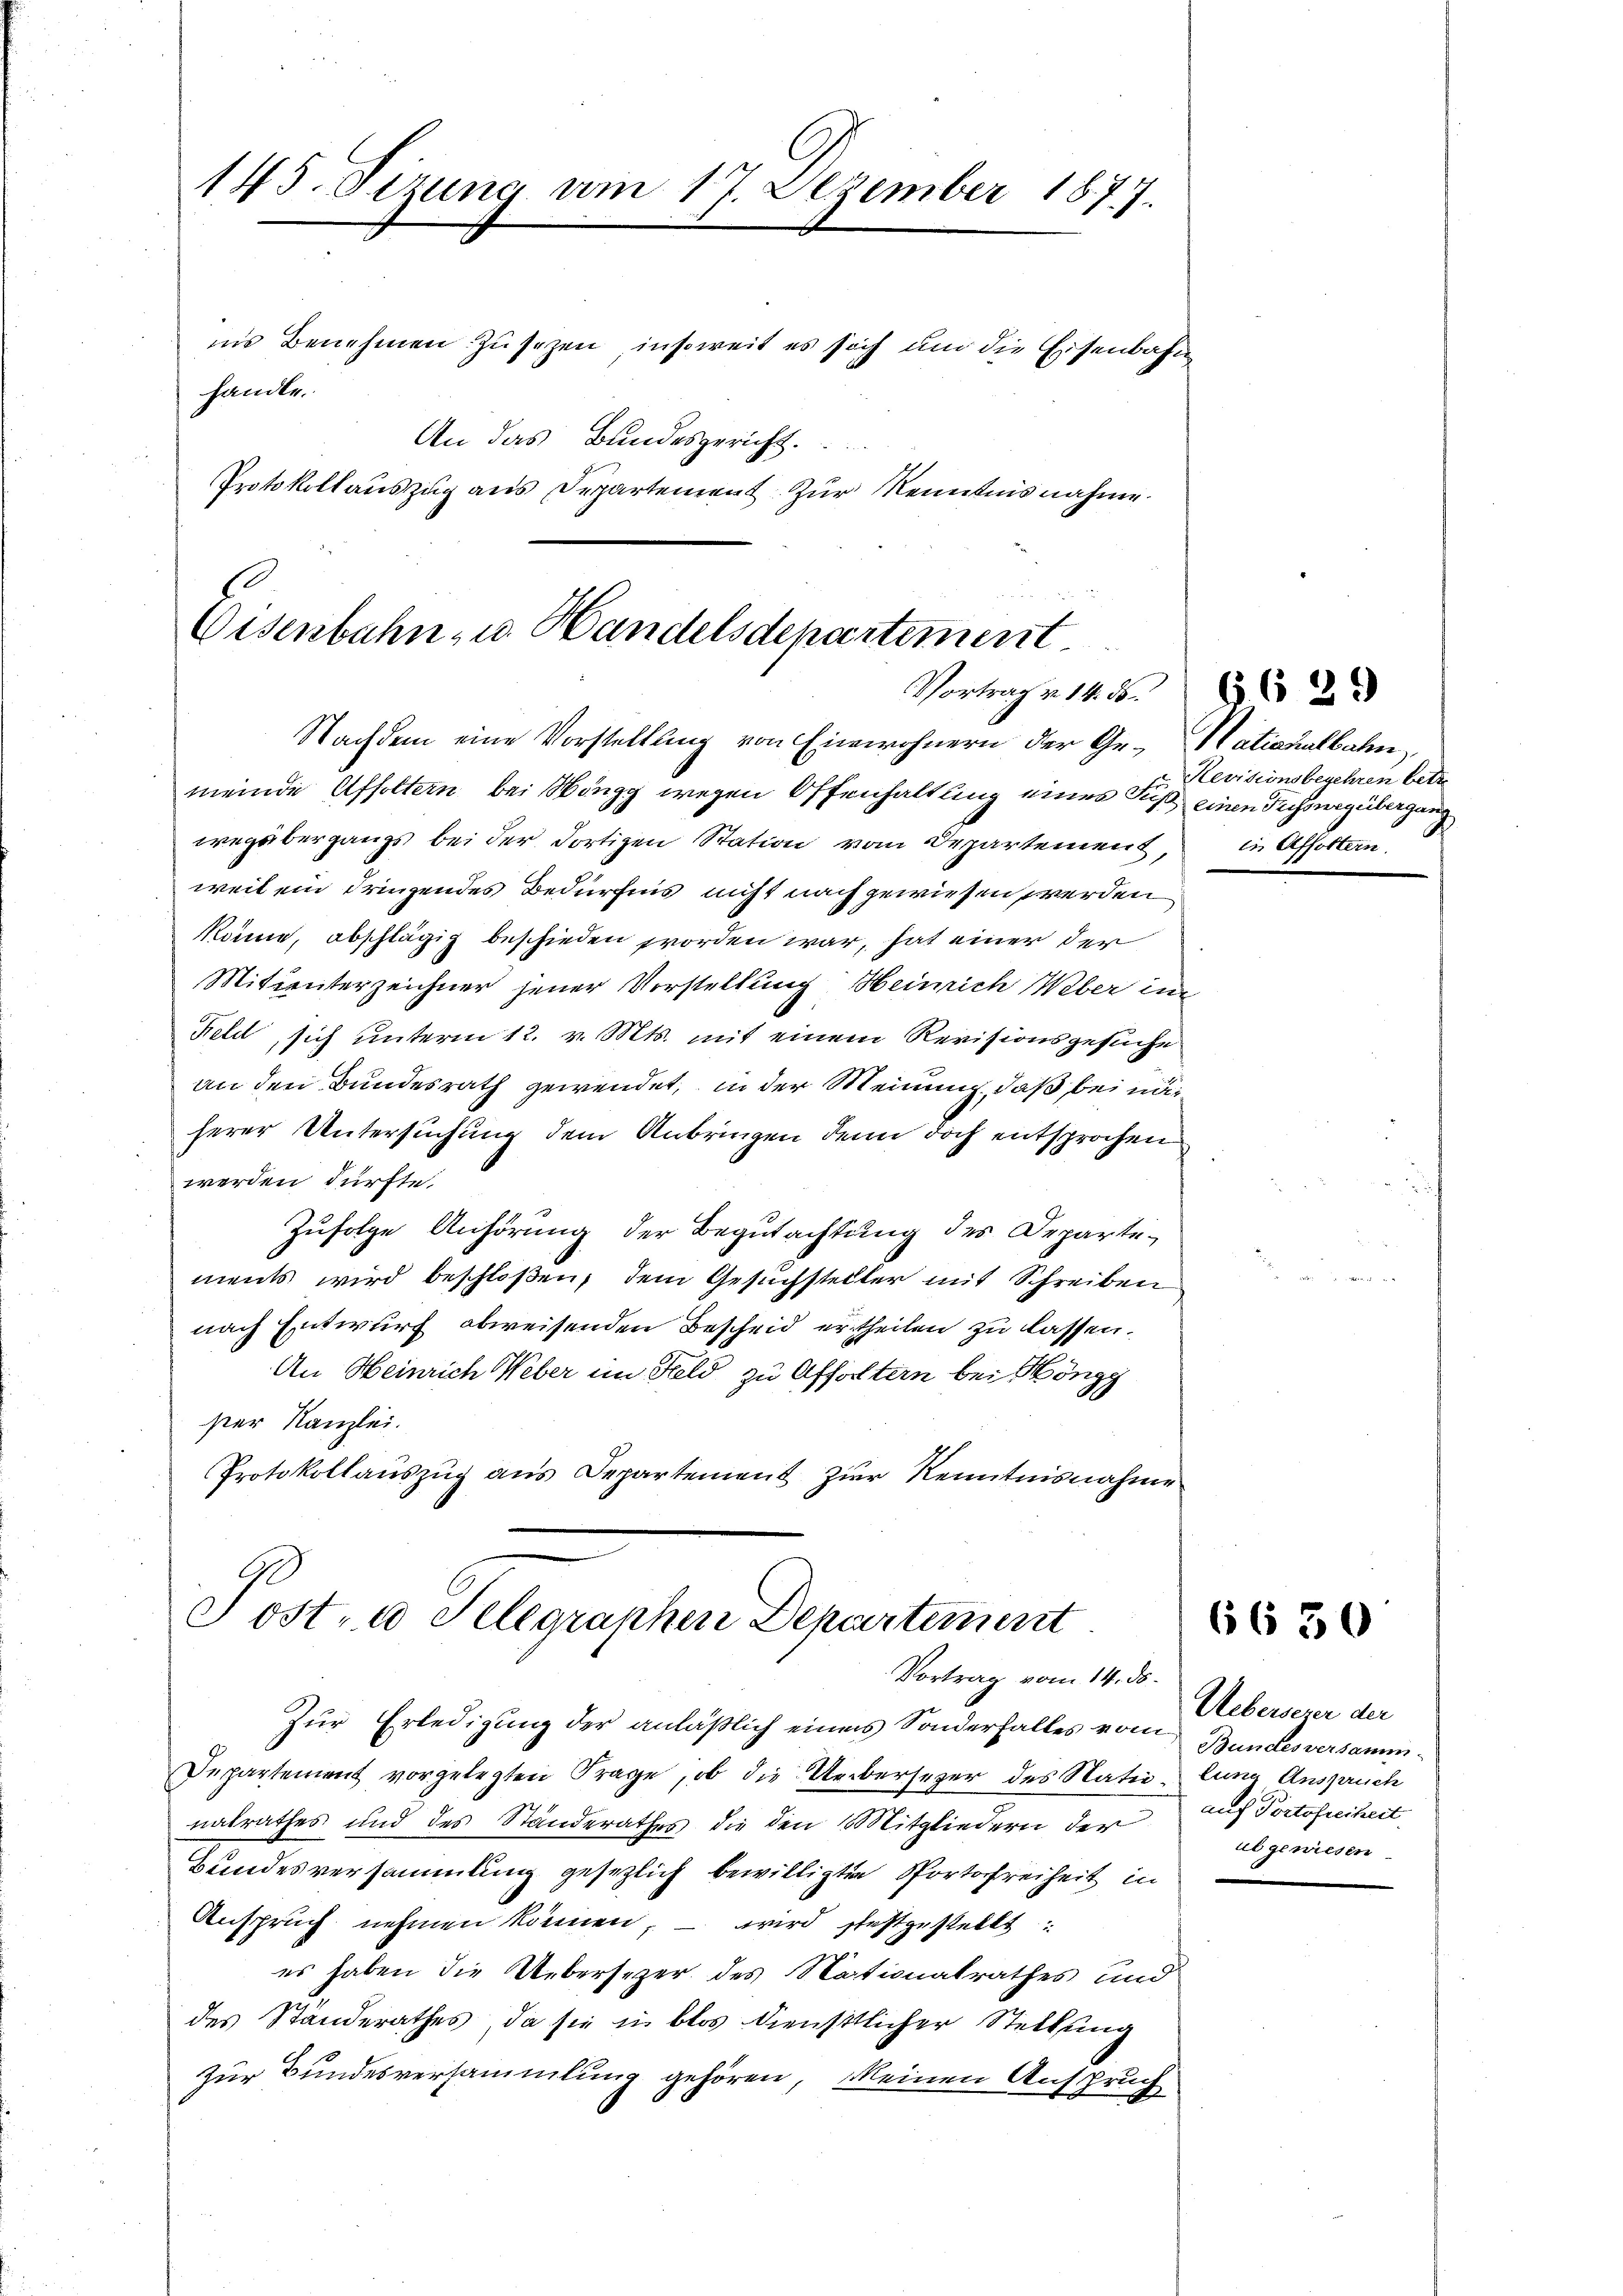
145. Sizung am 17. Dezember 1877.
ins Benehmen zu sezen, insoweit es sich um die Eisenbahne
handle.
An das Bundesgericht.
Protokollauszug aus Departement. Zur Kenntnis nahme.

Eisenbahn, u. Handelsdepartement
Vortrag v. 14. ds.
Nachdem eine Vorstellung von Einwohnern der Ge- Nationalbahn,

meinde Affoltern bei Wöngg wegen Offenhaltung eines Fußwegübergangs bei der dortigen Station vom Departement, in Affoltern
weil ein dringendes Bedürfnis nicht nach gewiesen werden
könne, abschlägig beschieden worden war, hat einer der
Mitinterzeichner jener Vorstellung Heinrich Weber in
Feld, sich unterm 12. v. Mts. mit einem Revisionsgesuche
an den Bundesrath gewendet, in der Meinung, daß bei näherer Untersuchung dem Anbringen denn doch entsprochen
werden dürfte.
Zufolge Anhörung der Begutachtung des Departements wird beschloßen, dem Gesuchsteller mit Schreiben
nach Entwurf abweisenden Bescheid ertheilen zu lassen.
An Heinrich Weber im Feld zu Affoltern bei Höngg
ster Kanzlei.
Protokollaŭszŭg ans Departement zŭr Kenntnisnahme
Post- u Selegraphen Departement
Vortrag vom 14. ds.
Zur Erledigung der anläßlich einen Sonderfalles vom Oberserer der
Departement vorgelegten Frage, ob die Uebersezer des Natio, lung Anspruch
natrathes und des Standerathes die den Mitgliedern der auf Portofreiheit,
Bundesversammlung gesezlich bewilligten Portofreiheit in
Anspruch nehmen können, – wird festgestellt:
es haben die Uebersezer des Nationalrathes und
des Ständerathes, da sie in blos diensttlicher Stellung
zur Bundesversammlung gehören, Meinen Anspruch

Revisionsbegehren betr.
einen Fusswegübergang

§629

6630

Bunctes versamm
abgewiesen